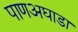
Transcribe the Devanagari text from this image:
पाणअघाडा